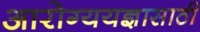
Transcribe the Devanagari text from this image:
आरोग्ययज्ञासाठी